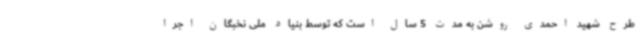
طرح شهید احمدی روشن به مدت 5 سال است که توسط بنیاد ملی نخبگان اجرا